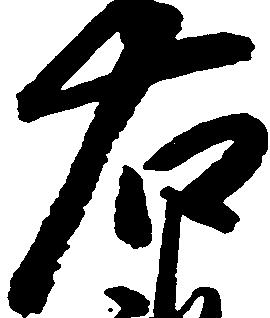
右